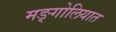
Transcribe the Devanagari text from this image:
मङ्गोलियात